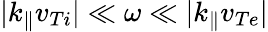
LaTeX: |k_{\parallel}v_{Ti}|\ll\omega\ll|k_{\parallel}v_{Te}|